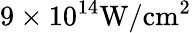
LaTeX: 9\times 10^{14}\mathrm{{W/cm^{2}}}